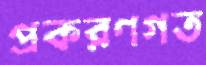
প্রকরণগত